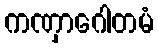
ကဏှာဂေါတမံ